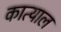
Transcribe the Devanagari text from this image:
कात्याल